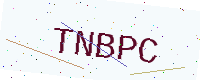
Text: TNBPC